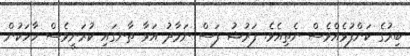
ބިރުގެ ކަންފުޅެއްވެސް ނެތިއެވެ. ފަރުޟު ފަސް ނަމާދު އަޅާ ތާނގައި ކުރަނީވެސް ހާހަކުން